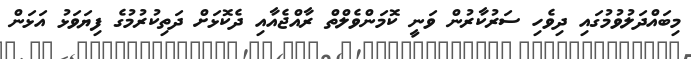
މިބައްދަލުވުމުގައި ދިވެހި ސަރުކާރުން ވަނީ ކޮމަންވެލްތް ރާއްޖެއާއި ދެކޮޅަށް ދަތިކުރުމުގެ ފިޔަވަޅު އަޅަން